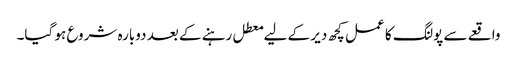
واقعے سے پولنگ کا عمل کچھ دیر کے لیے معطل رہنے کے بعد دوبارہ شروع ہو گیا۔